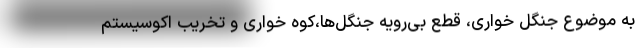
به موضوع جنگل خواری، قطع بی‌رویه جنگل‌ها،کوه خواری و تخریب اکوسیستم